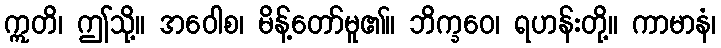
ဣတိ၊ ဤသို့။ အဝေါစ၊ မိန့်တော်မူ၏။ ဘိက္ခဝေ၊ ရဟန်းတို့။ ကာမာနံ၊